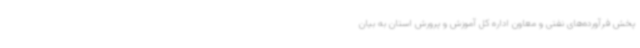
پخش فرآورده‌های نفتی و معاون اداره کل آموزش و پرورش استان به بیان